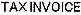
TAX INVOICE